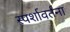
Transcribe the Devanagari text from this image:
स्पर्शावर्तना